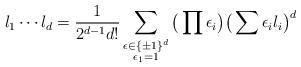
LaTeX: \begin{align*} l_1 \dotsm l_d = \frac{1}{2^{d-1} d!} \sum_{\substack{\epsilon \in \{\pm1\}^d \\ \epsilon_1 = 1}} \big( \prod \epsilon_i \big) \big( \sum \epsilon_i l_i \big)^d\end{align*}